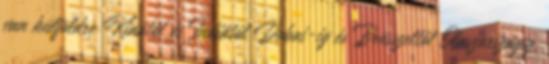
van külföldre Kínától és Indiától Dubai-ig és Brüsszeltől Olaszországig,